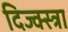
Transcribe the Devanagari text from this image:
दिज्क्स्त्रा